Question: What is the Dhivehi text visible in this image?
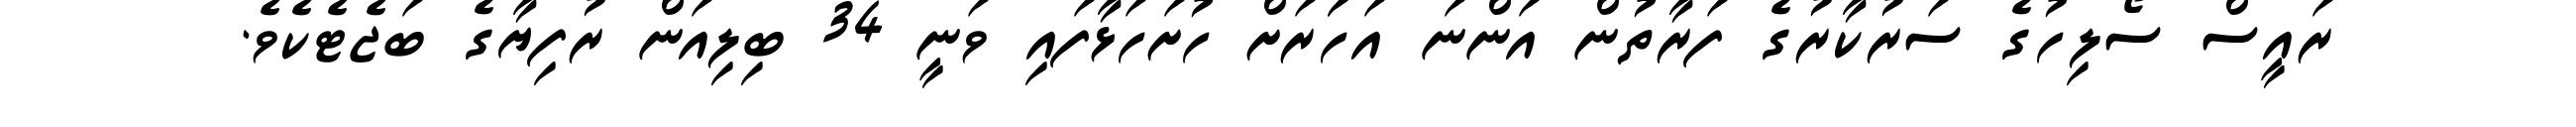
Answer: ރައީސް ސޯލިހުގެ ސަރުކާރުގެ ފަރާތުން އަންނަ އަހަަރަށް ހުށަހަޅާފައި ވަނީ 34 ބިލިއަން ރުފިޔާގެ ބަޖެޓެކެވެ.